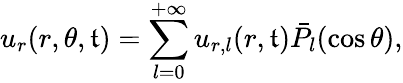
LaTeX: u_{r}(r,\theta,\mathfrak{t})=\sum_{l=0}^{+\infty}u_{r,l}(r,\mathfrak{t})\bar{{P}}_{l}(\cos\theta),